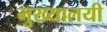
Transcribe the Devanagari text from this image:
मुख्यालयी